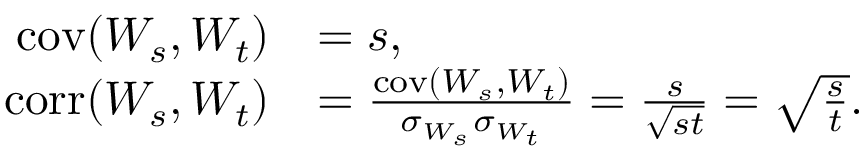
{ \begin{array} { r l } { \operatorname { c o v } ( W _ { s } , W _ { t } ) } & { = s , } \\ { \operatorname { c o r r } ( W _ { s } , W _ { t } ) } & { = { \frac { \operatorname { c o v } ( W _ { s } , W _ { t } ) } { \sigma _ { W _ { s } } \sigma _ { W _ { t } } } } = { \frac { s } { \sqrt { s t } } } = { \sqrt { \frac { s } { t } } } . } \end{array} }